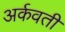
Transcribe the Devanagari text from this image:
अर्कवती